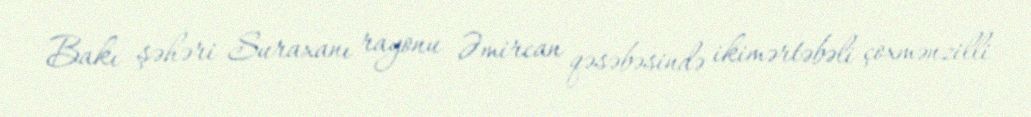
Bakı şəhəri Suraxanı rayonu Əmircan qəsəbəsində ikimərtəbəli çoxmənzilli